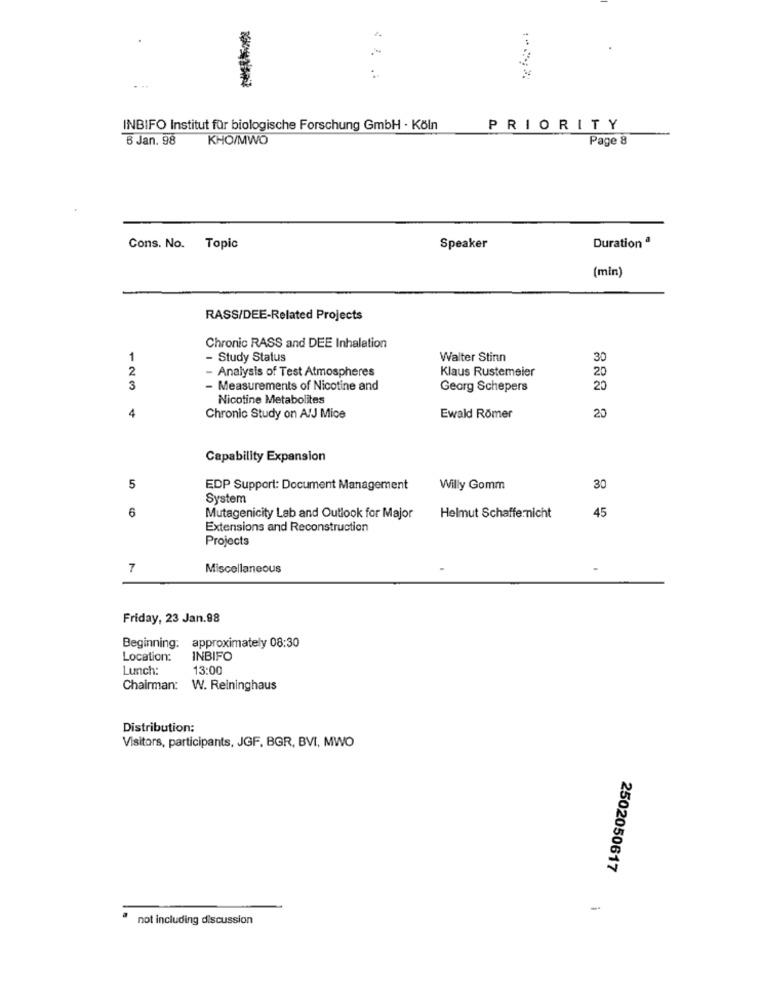
:
INBIFO Institut für biologische Forschung GmbH · Köln
PRIORITY
6 Jan. 98
KHO/MWO
Page 8
Cons. No. Topic
Speaker
Duration ª
(min)
RASS/DEE-Related Projects
Chronic RASS and DEE Inhalation
1
- Study Status
Walter Stinn
30
2
- Analysis of Test Atmospheres
Klaus Rustemeier
20
3
- Measurements of Nicotine and
Georg Schepers
20
Nicotine Metabolites
4
Chronic Study on A/J Mice
Ewald Römer
20
Capability Expansion
5
EDP Support: Document Management
Willy Gomm
30
System
6
Helmut Schaffernicht
Mutagenicity Lab and Outlook for Major
45
Extensions and Reconstruction
Projects
7
Miscellaneous
Friday, 23 Jan.98
Beginning: approximately 08:30
Location:
INBIFO
Lunch:
13:00
Chairman: W. Reininghaus
Distribution:
Visitors, participants, JGF, BGR, BVI, MWO
2502050617
-
not including discussion